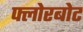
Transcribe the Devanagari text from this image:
फ्लोरबोट